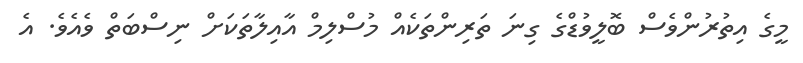
މީގެ އިތުރުންވެސް ބޮލީވުޑްގެ ގިނަ ތަރިންތަކެއް މުސްލިމް އާއިލާތަކަށް ނިސްބަތް ވެއެވެ. އެ